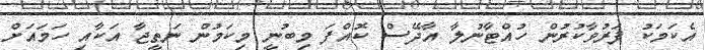
އެކަމަކު ފަރުވާކުރުން ހުއްޓާނުލާ އާދޭސް ކޮއްފަ މިބުނީ މިކަމުން ނަތީޖާ އަކާއި ހަމައަށް